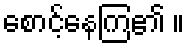
စောင့်နေကြ၏ ။